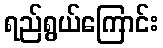
ရည်ရွယ်ကြောင်း